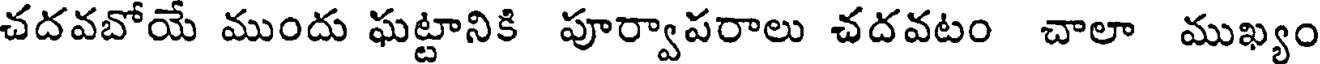
చదవబోయే ముందు ఘట్టానికి పూర్వాపరాలు చదవటం చాలా ముఖ్యం